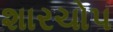
શારચોપ